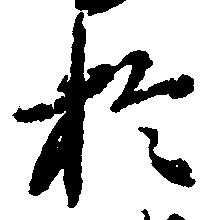
於